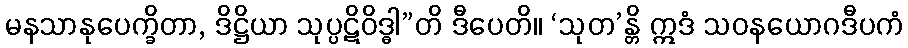
မနသာနုပေက္ခိတာ, ဒိဋ္ဌိယာ သုပ္ပဋိဝိဒ္ဓါ”တိ ဒီပေတိ။ ‘သုတ’န္တိ ဣဒံ သဝနယောဂဒီပကံ